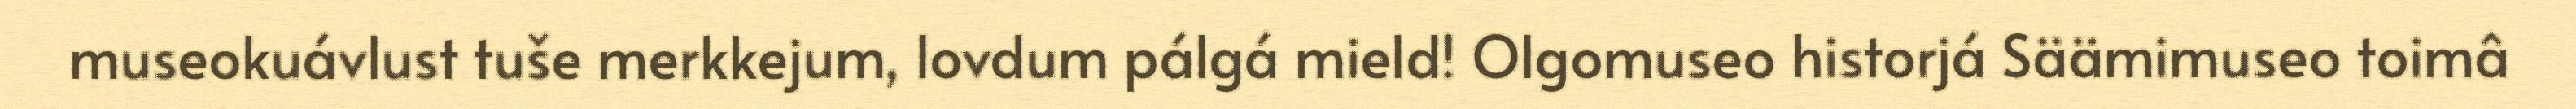
museokuávlust tuše merkkejum, lovdum pálgá mield! Olgomuseo historjá Säämimuseo toimâ